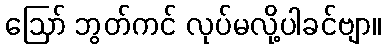
ဩော် ဘွတ်ကင် လုပ်မလို့ပါခင်ဗျာ။